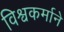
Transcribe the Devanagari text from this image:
विश्वकर्माने